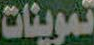
تموينات